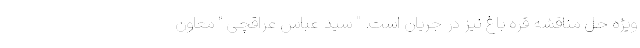
ویژه حل مناقشه قره باغ نیز در جریان است. " سید عباس عراقچی " معاون